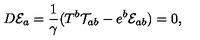
D { \cal E } _ { a } = \frac { 1 } { \gamma } ( T ^ { b } { \cal T } _ { a b } - e ^ { b } { \cal E } _ { a b } ) = 0 ,